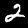
Digit: 2